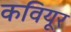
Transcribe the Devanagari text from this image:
कवियूर